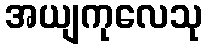
အယျကုလေသု